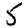
Digit: 5